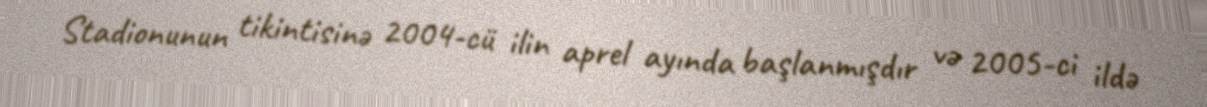
Stadionunun tikintisinə 2004-cü ilin aprel ayında başlanmışdır və 2005-ci ildə